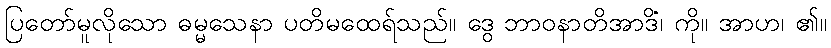
ပြတော်မူလိုသော ဓမ္မသေနာ ပတိမထေရ်သည်။ ဒွေ ဘာဝနာတိအာဒိံ၊ ကို။ အာဟ၊ ၏။